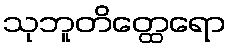
သုဘူတိတ္ထေရော